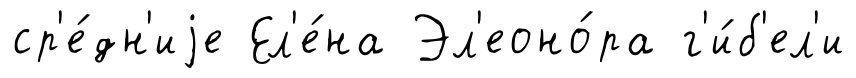
ср'е́дн'иjе Ел'е́на Эл'еоно́ра г'и́б'ел'и